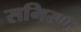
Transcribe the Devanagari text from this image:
समिरण